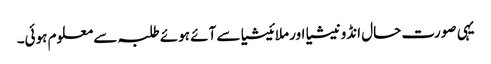
یہی صورت حال انڈونیشیا اور ملائیشیا سے آئے ہوئے طلبہ سے معلوم ہوئی۔